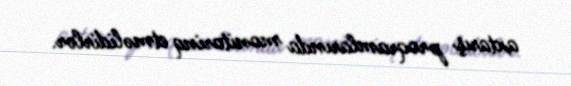
axtarış proqramlarında monitorinq etməlidirlər.